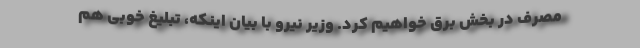
مصرف در بخش برق خواهیم کرد. وزیر نیرو با بیان اینکه، تبلیغ خوبی هم